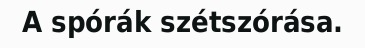
A spórák szétszórása.